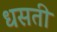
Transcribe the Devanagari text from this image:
धसती